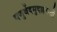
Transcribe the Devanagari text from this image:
यजुर्वेदमुदाहरन्तीं